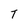
Character: T